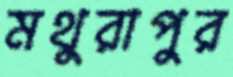
মথুরাপুর